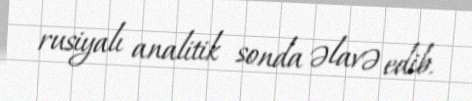
rusiyalı analitik sonda əlavə edib.